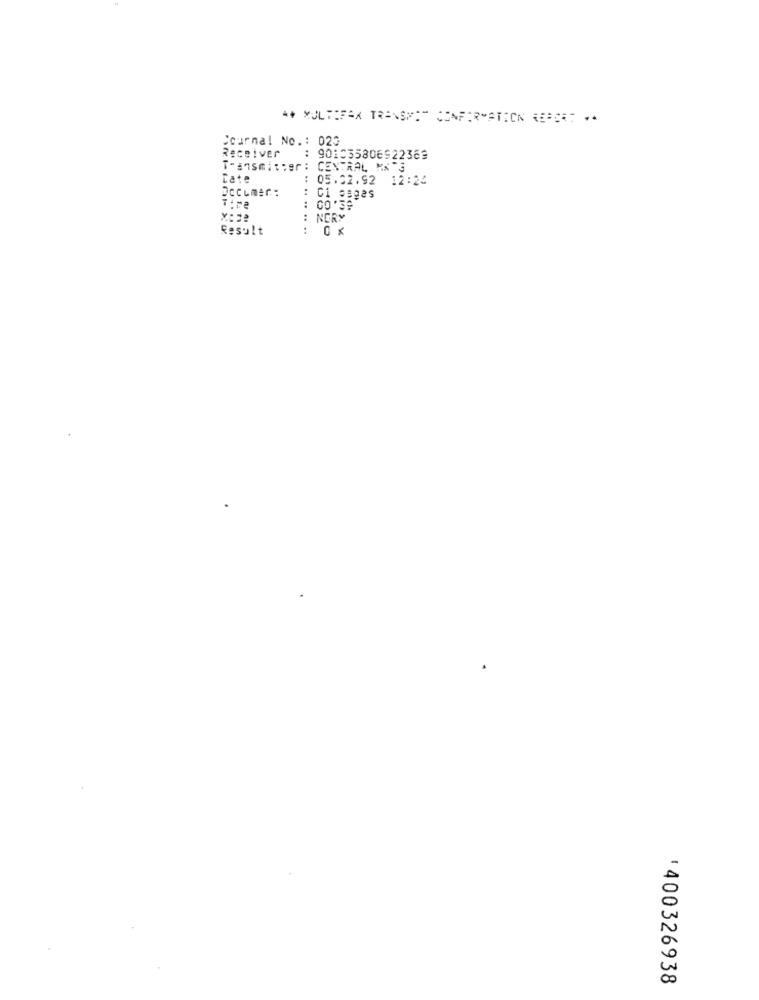
Cournal No .: 020
Receiver
: 901035806922369
Transmitter :
CENTRAL MX"3
Cate
:
05.02.92 12:24
DcCLmer:
Ci pages
.. ..
NORY
Result
.. ..
U
00
'400326938